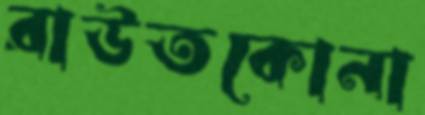
রাউতকোনা